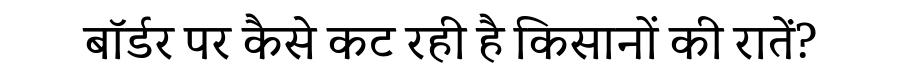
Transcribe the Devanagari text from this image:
बॉर्डर पर कैसे कट रही है किसानों की रातें?